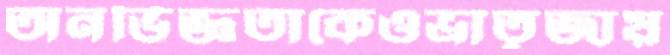
অনভিজ্ঞতাকেওভ্রাতৃজায়